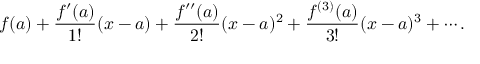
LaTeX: f ( a ) + { \frac { f ^ { \prime } ( a ) } { 1 ! } } ( x - a ) + { \frac { f ^ { \prime \prime } ( a ) } { 2 ! } } ( x - a ) ^ { 2 } + { \frac { f ^ { ( 3 ) } ( a ) } { 3 ! } } ( x - a ) ^ { 3 } + \cdots .